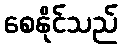
စေနိုင်သည်